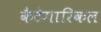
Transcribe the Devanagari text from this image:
कैटेगारिकल